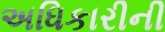
અધિકારીની